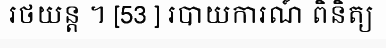
រថយន្ត ។ [53 ] របាយការណ៍ ពិនិត្យ